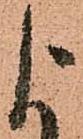
よ